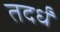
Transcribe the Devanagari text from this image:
तदर्धं